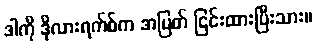
ဒါကို ဒိုလားရက်စ်က အပြတ် ငြင်းထားပြီးသား။